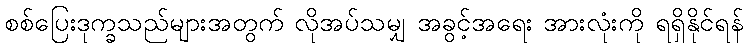
စစ်ပြေးဒုက္ခသည်များအတွက် လိုအပ်သမျှ အခွင့်အရေး အားလုံးကို ရရှိနိုင်ရန်